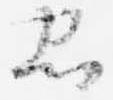
忠